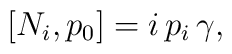
[N_i, p_0] = i\, p_i\, \gamma,